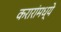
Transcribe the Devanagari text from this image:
करारांमध्ये